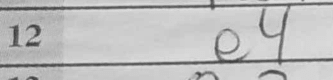
Transcription: e4